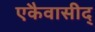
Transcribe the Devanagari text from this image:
एकैवासीद्